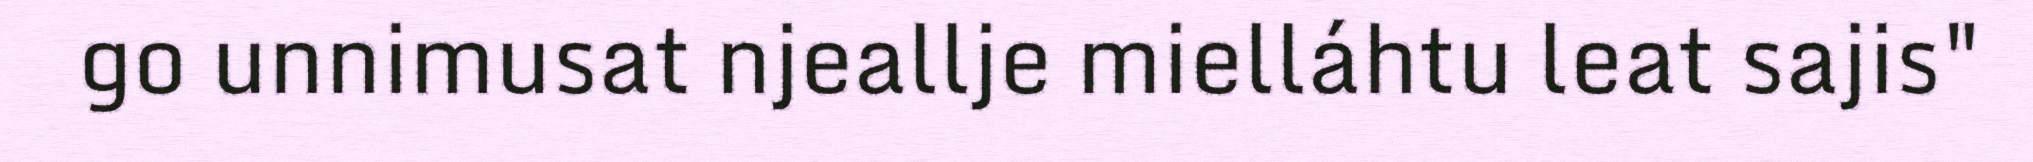
go unnimusat njeallje mielláhtu leat sajis"